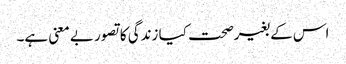
اس کے بغیرصحت کیا زندگی کا تصور بے معنی ہے۔